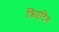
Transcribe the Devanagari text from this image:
क्रिएटिंग